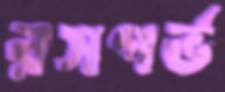
রসগর্ভ